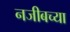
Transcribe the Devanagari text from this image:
नजीबच्या